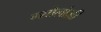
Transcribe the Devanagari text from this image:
म्शोलोज़ी